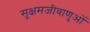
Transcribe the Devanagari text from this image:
सूक्षमजीवाणुओं